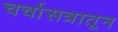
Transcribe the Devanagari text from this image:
चर्चासत्रातून